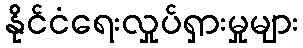
နိုင်ငံရေးလှုပ်ရှားမှုများ